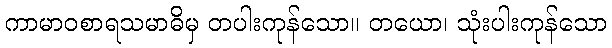
ကာမာဝစာရသမာဓိမှ တပါးကုန်သော။ တယော၊ သုံးပါးကုန်သော